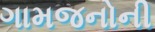
ગામજનોની